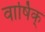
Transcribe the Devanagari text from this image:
वार्षिक्